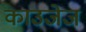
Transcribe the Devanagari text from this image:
काउजेज